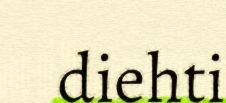
diehti